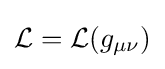
{\mathcal {L}}={\mathcal {L}}(g_{\mu \nu })